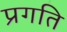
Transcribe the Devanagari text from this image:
प्रगति